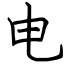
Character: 电